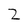
Character: 2